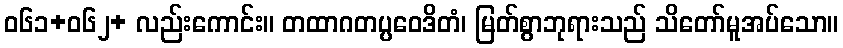
ဝ၆၁+၀၆၂+ လည်းကောင်း။ တထာဂတပ္ပဝေဒိတံ၊ မြတ်စွာဘုရားသည် သိတော်မူအပ်သော။